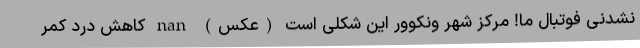
نشدنی فوتبال ما! مرکز شهر ونکوور این شکلی است (عکس) nan کاهش درد کمر